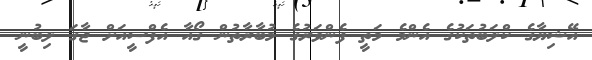
އޭޝިޔާގެ ކްލަބުތަކުގެ އެންމެ މަތީ ފެންވަރުގެ މުބާރާތުން ގޯއާ އެފްސީއަށް ޖާގަ ލިބުނީ